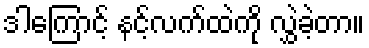
ဒါကြောင့် နင့်လက်ထဲကို လွှဲခဲ့တာ။